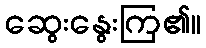
ဆွေးနွေးကြ၏။